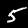
Digit: 5